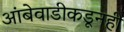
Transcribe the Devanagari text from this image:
आंबेवाडीकडूनही